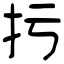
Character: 扝